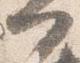
門